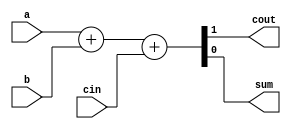
// Create a 100-bit binary ripple-carry adder by instantiating 100 full adders.

module fadd( 
    input a, b, cin,
    output cout, sum );
    
    assign {cout, sum} = a + b + cin;

endmodule

module top_module( 
    input [99:0] a, b,
    input cin,
    output [99:0] cout,
    output [99:0] sum );

    fadd inst_1 (.a(a[0]), .b(b[0]), .cin(cin), .cout(cout[0]), .sum(sum[0]) );
    
    genvar i;
    generate 
        for (i=1;i<100;i=i+1) begin:full_adder
            fadd inst (.a(a[i]), .b(b[i]), .cin(cout[i-1]), .cout(cout[i]), .sum(sum[i]) );
        end
    endgenerate
    
endmodule